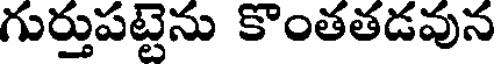
గుర్తుపట్టెను కొంతతడవున